Dysentery and liver abscess in Bombay - Number 47
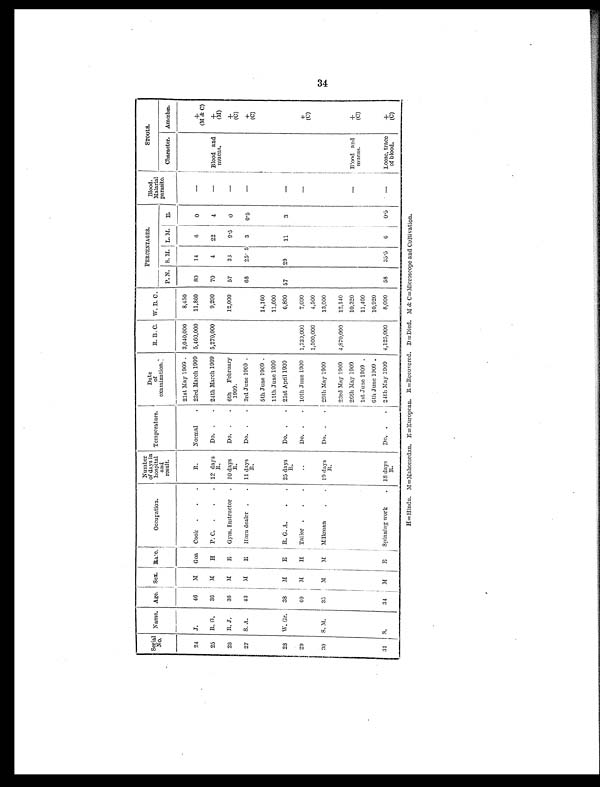
Serial
No. Name. Age. Sex. Race.
Occupation.
Number
of days in
hospital
and
result.
Temperature. !
Date
of
examination.
R
. B. C. W. B. C.
PERCENTAGES.
Blood.
Malarial
parasite.
STOOLS.
P. N. S. M. L. M. E.
Character. Amœbæ
21st May 1909 . 3,040,000
8,450
24 J.
46
M Goa Cook .
.
•
R.
Normal
. 23rd March 1909 5,460,000 11,860 80
14
0
—
+
(M & C)
25 R. G.
36
M
H P. C. .
.
. 12 days
R.
Do. .
• 24th March 1909 5,270,000
9,200 70
4
22
4
—
Blood and
mucus.
+
(M)
26 R. J.
36
M
E Gym. Instructor . 10 days
R.
Do. .
. 6th February
1909.
12,000 57
33
9.5 0
—
+
(C)
27 S. A.
43
M
E Horn dealer .
. 11 days
R.
Do. .
. 3rd June 1909 .
68
25.5 3
0.5
—
+
(C)
5th June 1909 .
14,160
11th June 1909
11,600
2 8
W. Gr. 3 8
M
E R. G. A.
.
. 25 days R . Do. .
. 21st April 1909
6,800 57
2 9
11
3
—
29
40
M
H Tailor .
.
..
Do. .
. 10th June 1909 1,730,000
7,000
—
+
1,500,000
4,500
(C)
30 S. M.
35
M
M Milkman
.
. 19 days
R.
Do. .
. 29th May 1909
23rd May 1909 4,870,000
13,000
12,140
26th May 1909
10,320
—
Blood and
mucus.
+
1st June 1909
11,400
(C)
6th June 1909 .
10,920
31 S.
34
M
E Spinning work
18 days R .
Do. .
. 24th May 1909 4,125,000
8,000 58
35.5 6
0.5
Loose, trace
of blood.
+
(C)
H=Hindu. M=Mahomedan. E=European. R=Recovered. D =Died. M & C=Microscope and Cultivation.